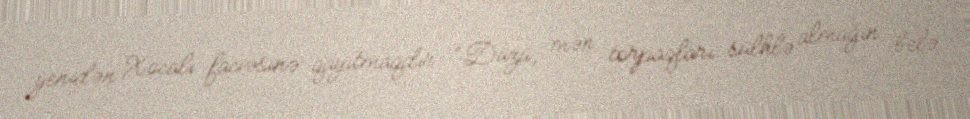
yenidən Xocalı faciəsinə qayıtmaqdır: “Düzü, mən torpaqları sülhlə almağın belə